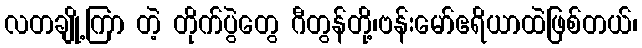
လတချို့ကြာ တဲ့ တိုက်ပွဲတွေ ဂီတွန်တို့၊ဗန်းမော်ဧရိယာထဲဖြစ်တယ်၊